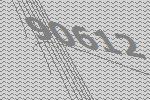
90612